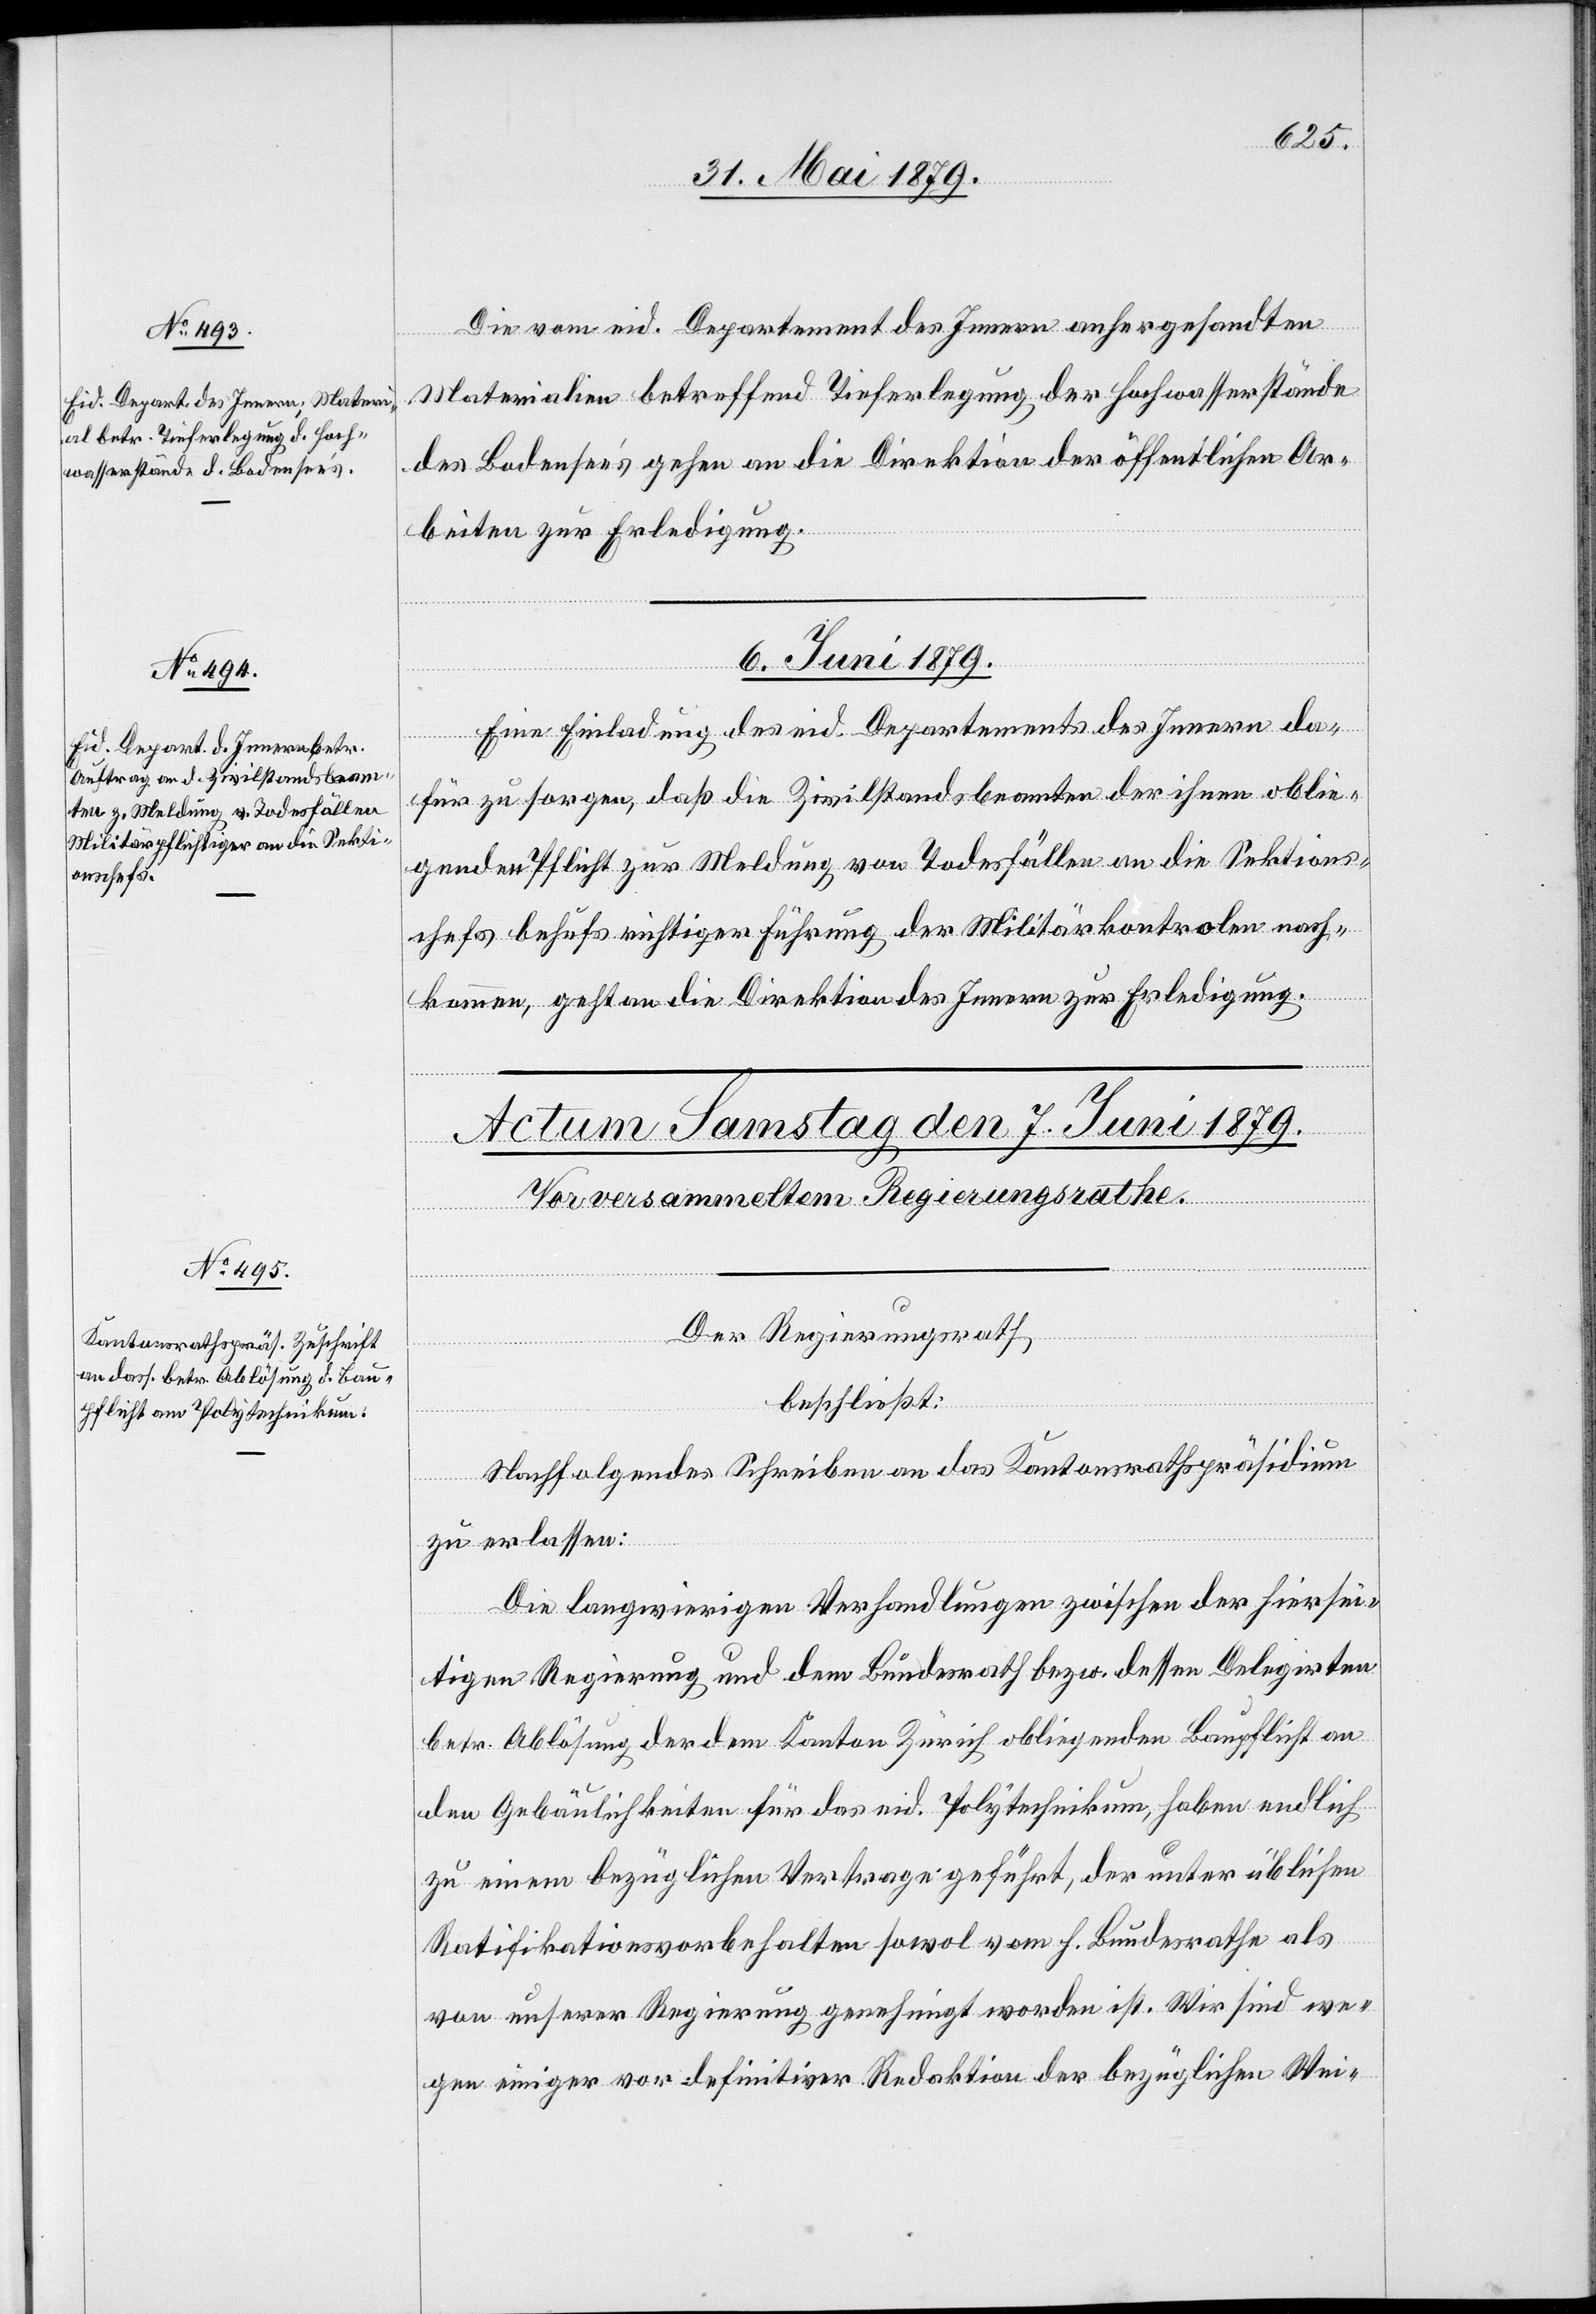
Die vom eid. Departement des Innern anhergesandten
Materialien betreffend Tieferlegung der Hochwasserstände
des Bodensee’s gehen an die Direktion der öffentlichen Ar¬
beiten zur Erledigung.
6. Juni 1879.
Eine Einladung des eid. Departements des Innern da¬
für zu sorgen, daß die Zivilstandsbeamten der ihnen oblie¬
genden Pflicht zur Meldung von Todesfällen an die Sektions¬
chefs behufs richtiger Führung der Militärkontrolen nach¬
kommen, geht an die Direktion des Innern zur Erledigung.
Der Regierungsrath,
beschließt:
Nachfolgendes Schreiben an das Kantonsrathspräsidium
zu erlassen:
Die langwierigen Verhandlungen zwischen der hiersei¬
tigen Regierung und dem Bundesrath bezw. dessen Delegirten
betr. Ablösung der dem Kanton Zürich obliegenden Baupflicht an
den Gebäulichkeiten für das eid. Polytechnikum, haben endlich
zu einem bezüglichen Vertrage geführt, der unter üblichen
Ratifikationsvorbehalten sowol vom h. Bundesrathe als
von unserer Regierung genehmigt worden ist. Wir sind we¬
gen einiger vor definitiver Redaktion der bezüglichen Wei-